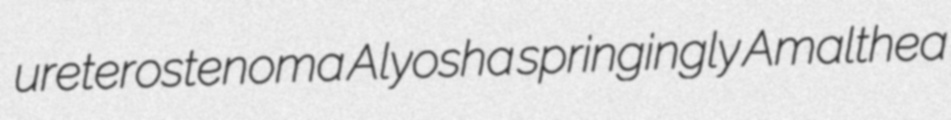
ureterostenoma Alyosha springingly Amalthea